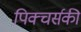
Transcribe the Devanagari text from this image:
पिक्चर्सकी